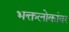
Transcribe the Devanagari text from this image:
भक्तलोकांवर